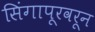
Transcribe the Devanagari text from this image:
सिंगापूरवरून